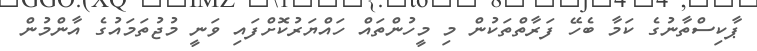
ޕާކިސްތާނުގެ ކަމާ ބެހޭ ފަރާތްތަކުން މި މީހުންތައް ހައްޔަރުކޮށްފައި ވަނީ މުޖުތަމައުގެ އާންމުން